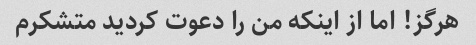
هرگز! اما از اینکه من را دعوت کردید متشکرم